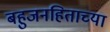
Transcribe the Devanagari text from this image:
बहुजनहिताच्या